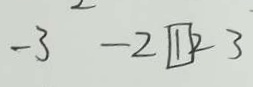
- 3 - 2 \boxed { 1 } 2 3